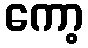
ကော့